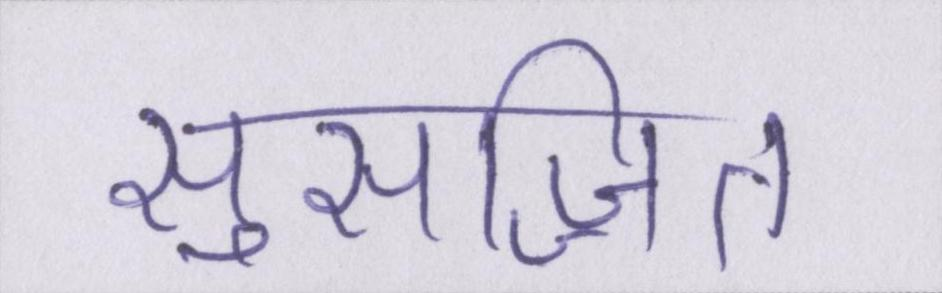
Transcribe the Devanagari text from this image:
सुसज्जित